Indian Medical Review
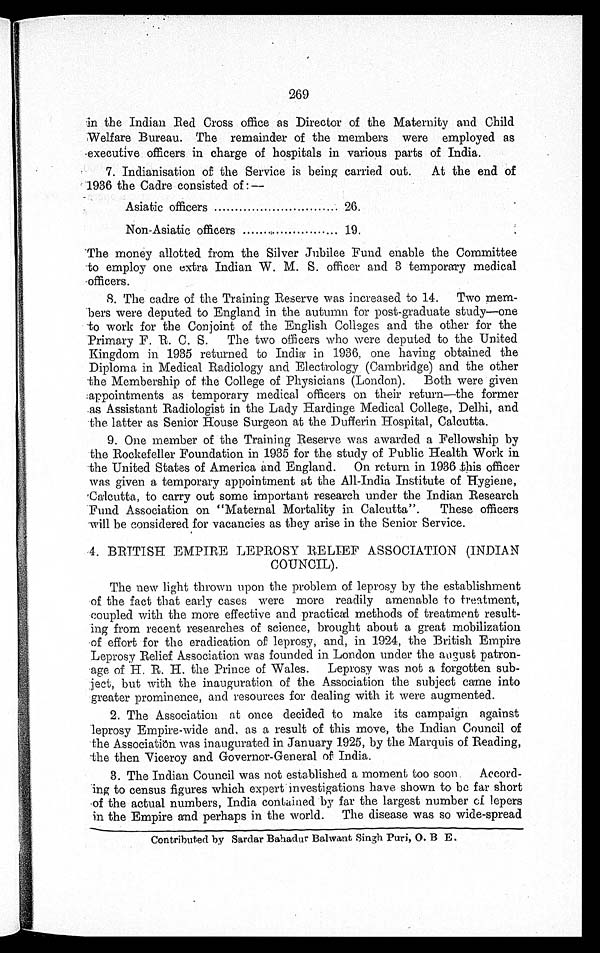
269
in the Indian Red Cross office as Director of the Maternity and Child
Welfare Bureau. The remainder of the members were employed as
executive officers in charge of hospitals in various parts of India.
7. Indianisation of the Service is being carried out. At the end of
1936 the Cadre consisted of :—
Asiatic officers
26.
Non-Asiatic officers
19.
The money allotted from the Silver Jubilee Fund enable the Committee
to employ one extra Indian W. M. S. officer and 3 temporary medical
officers.
8. The cadre of the Training Reserve was increased to 14. Two mem
-
bers were deputed to England in the autumn for post-graduate study—one
to work for the Conjoint of the English Colleges and the other for the
Primary F. R. C. S. The two officers who were deputed to the United
Kingdom in 1935 returned to India in 1936, one having obtained the
Diploma in Medical Radiology and Electrology (Cambridge) and the other
the Membership of the College of Physicians (London). Both were given
appointments as temporary medical officers on their return—the former
as Assistant Radiologist in the Lady Hardinge Medical College, Delhi, and
the latter as Senior House Surgeon at the Dufferin Hospital, Calcutta.
9. One member of the Training Reserve was awarded a Fellowship by
the Rockefeller Foundation in 1935 for the study of Public Health Work in
the United States of America and England. On return in 1936 this officer
was given a temporary appointment at the All-India Institute of Hygiene,
Calcutta, to carry out some important research under the Indian Research
Fund Association on "Maternal Mortality in Calcutta". These officers
will be considered for vacancies as they arise in the Senior Service.
4. BRITISH EMPIRE LEPROSY RELIEF ASSOCIATION (INDIAN
COUNCIL)
.
The new light thrown upon the problem of leprosy by the establishment
of the fact that early cases were more readily amenable to treatment,
coupled with the more effective and practical methods of treatment result
-
ing from recent researches of science, brought about a great mobilization
of effort for the eradication of leprosy, and, in 1924, the British Empire
Leprosy Relief Association was founded in London under the august patron
-
age of H. R. H. the Prince of Wales. Leprosy was not a forgotten sub
-
ject, but with the inauguration of the Association the subject came into
greater prominence, and resources for dealing with it were augmented.
2. The Association at once decided to make its campaign against
leprosy Empire-wide and, as a result of this move, the Indian Council of
the Association was inaugurated in January 1925, by the Marquis of Reading,
the then Viceroy and Governor-General of India.
3. The Indian Council was not established a moment too soon. Accord
-
ing to census figures which expert investigations have shown to be far short
of the actual numbers, India. contained by far the largest number of lepers
in the Empire and perhaps in the world. The disease was so wide-spread
Contributed by Sardar Bahadur Balwant Singh Puri, O. B E.